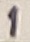
Text: 1